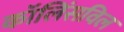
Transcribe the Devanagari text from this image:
कॉलिंसविल